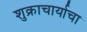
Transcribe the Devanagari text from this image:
शुक्राचार्याचा